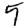
Digit: 5